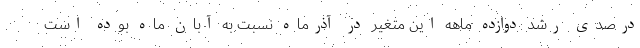
درصدی رشد دوازده ماهه این متغیر در آذرماه نسبت به آبان ماه بوده است